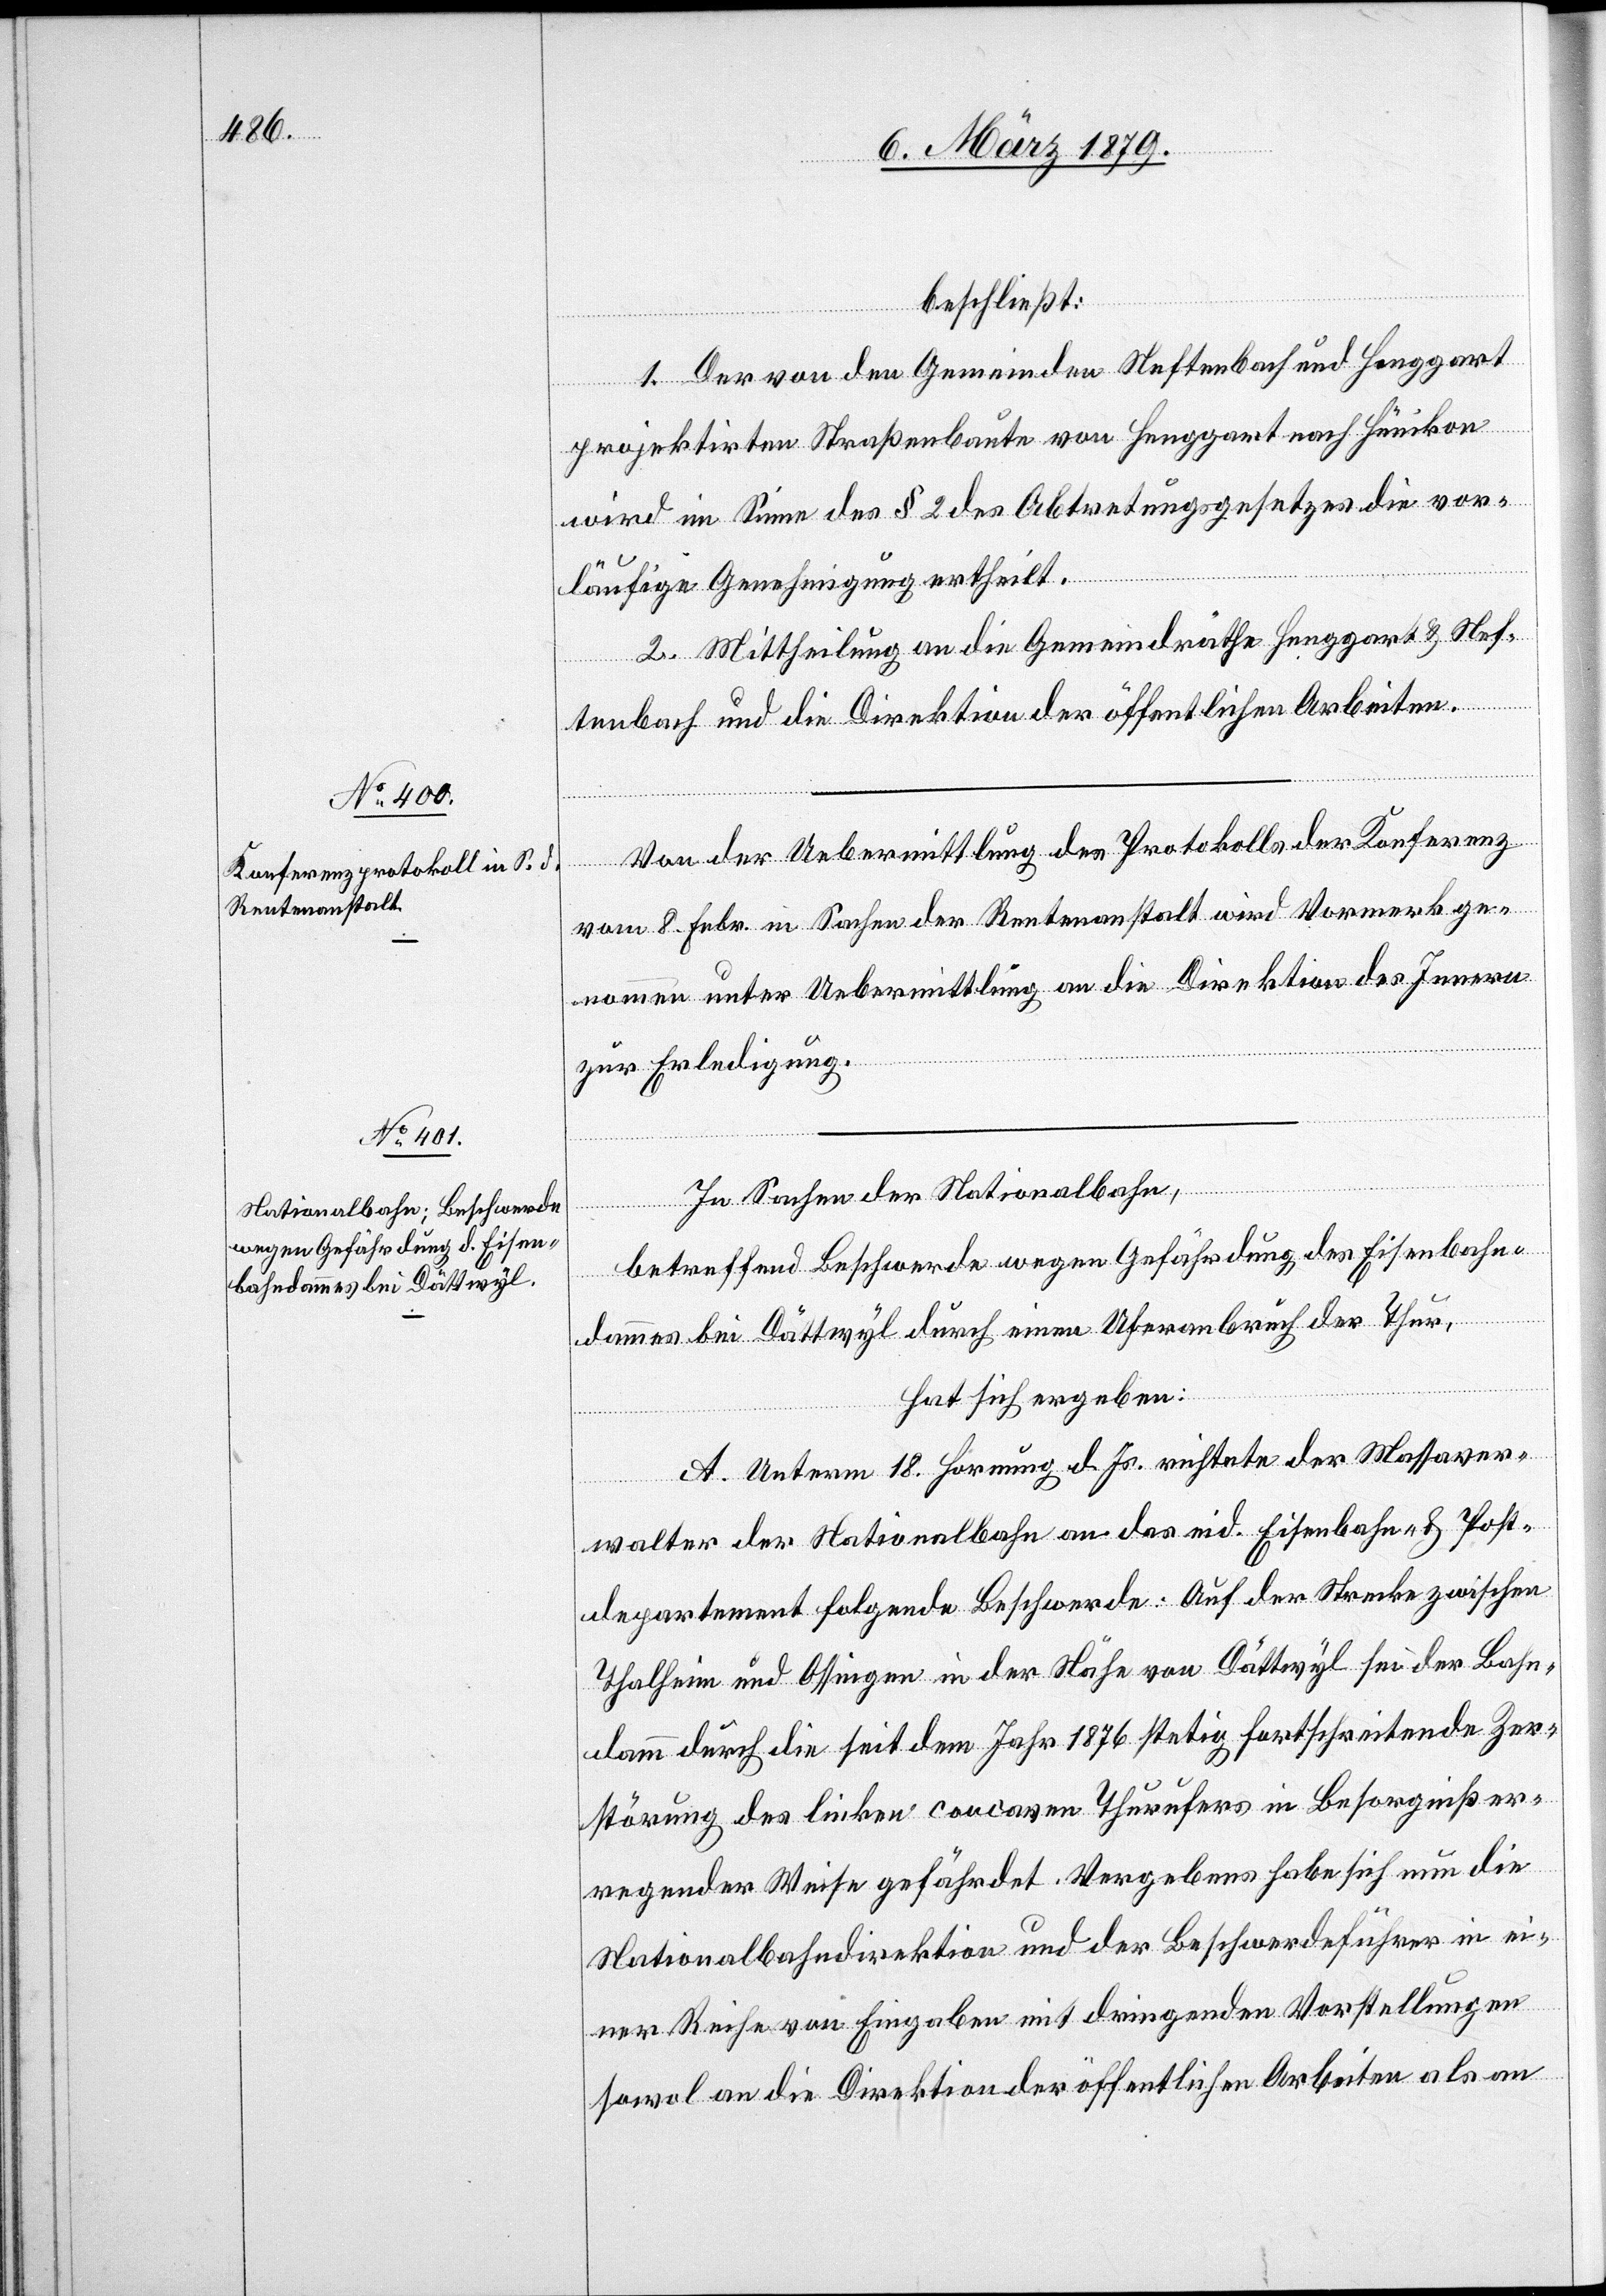
beschließt:
1. Der von den Gemeinden Neftenbach und Henggart
projektirten Straßenbaute von Henggart nach Hünikon
wird im Sinne des § 2 des Abtretungsgesetzes die vor¬
läufige Genehmigung ertheilt.
2. Mittheilung an die Gemeindräthe Henggart & Nef¬
tenbach und die Direktion der öffentlichen Arbeiten.
Von der Uebermittlung des Protokolls der Konferenz
vom 8. Febr. in Sachen der Rentenanstalt wird Vormerk ge¬
nommen unter Uebermittlung an die Direktion des Innern
zur Erledigung.
In Sachen der Nationalbahn,
betreffend Beschwerde wegen Gefährdung des Eisenbahn¬
dammes bei Dättwyl durch einen Uferanbruch der Thur,
hat sich ergeben:
A. Unterm 18. Hornung d. Js. richtete der Massaver¬
walter der Nationalbahn an das eid. Eisenbahn- & Post¬
departement folgende Beschwerde: Auf der Strecke zwischen
Thalheim und Ossingen in der Nähe von Dättwyl sei der Bahn¬
damm durch die seit dem Jahr 1876 stetig fortschreitende Zer¬
störung des linken concaven Thurufers in Besorgniß er¬
regender Weise gefährdet. Vergebens habe sich nun die
Nationalbahndirektion und der Beschwerdeführer in ei¬
ner Reihe von Eingaben mit dringenden Vorstellungen
sowol an die Direktion der öffentlichen Arbeiten als an